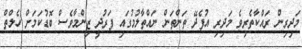
މަދިރިން ރައްކާތެރިވެ މަދިރި އުފެދޭ ތަންތަން ނައްތާލުމުގައި ފަރުދީ ޒިންމާވެސް ބޮޑުކަމަށް ހެލްތް